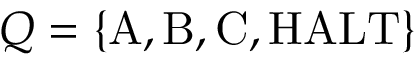
Q = \{ { \mathrm { A } } , { \mathrm { B } } , { \mathrm { C } } , { \mathrm { H A L T } } \}